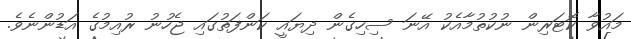
މައުވާ ކޮޓަރިން ނުކުތުމާއެކު އޭނަ ސިހިގެން ދިޔައީ ކަންފަތުގައި ޖެހުނު ރުއިމުގެ އަޑުންނެވެ.